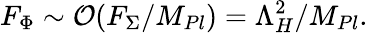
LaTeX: F_{\Phi}\sim{\cal O}(F_{\Sigma}/M_{Pl})=\Lambda_{H}^{2}/M_{Pl}.